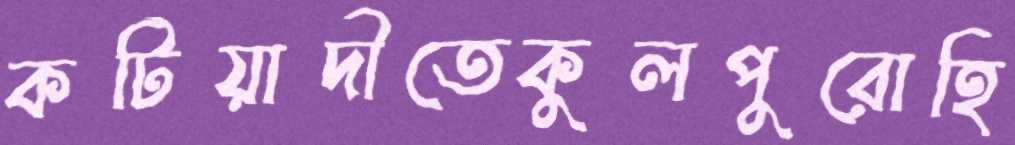
কটিয়াদীতেকুলপুরোহি